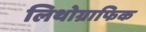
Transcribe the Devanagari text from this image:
लिथोग्राफिक